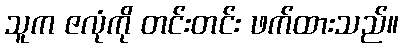
သူက ဇလုံကို တင်းတင်း ဖက်ထားသည်။